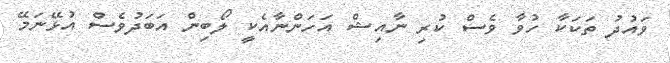
ވައުދު ތަކަކާ ހުވާ ވެސް ކުރި ނާއިޝް އަހަންނާއެކީ ލޯބިން އަބަދުވެސް އުޅޭނަމޭ